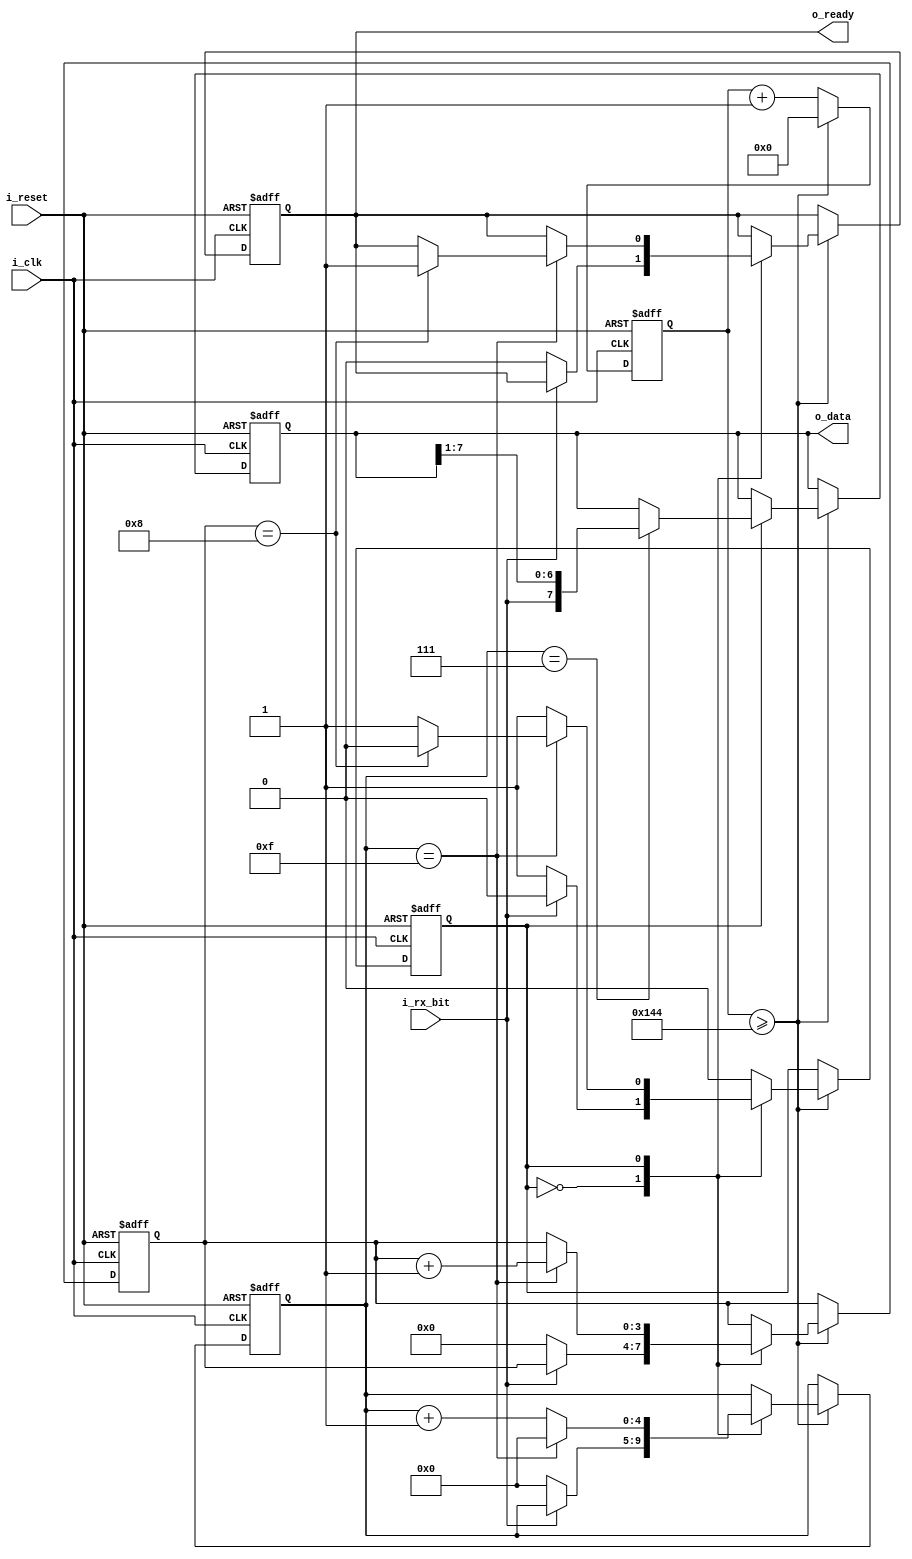
`timescale 1ns / 1ps

module rx
    #(
        parameter       CLK_FR     = 50000000,  
        parameter       BAUD_RATE    = 9600, 
        parameter       DIV_SAMPLE   = 16, //oversampling,16 veces la tasa de baudios 
        parameter       DBIT    = 8 
    )
    (
        input   wire                        i_clk,
        input   wire                        i_reset,
        input   wire                        i_rx_bit,
        output  wire                        o_ready,
        output  wire   [DBIT-1    :0]       o_data
    );
    
    //Estados
    localparam     IDLE                = 1'b0;
    localparam     RECEIVING           = 1'b1;
    
    //Parametros locales    
    localparam     BIT_COUNTER_SIZE    = $clog2(DBIT+1); //para contener bitcounter
    localparam     DIV_COUNTER         = CLK_FR/(BAUD_RATE*DIV_SAMPLE);  // have to divide the system clock frequency to get a frequency (div_sample) time higher than (baud_rate)  
    localparam     MID_SAMPLE          = (DIV_SAMPLE/2);  // medio de un bit en el que desea  tomar la muestra
    localparam     COUNTER_SIZE        = $clog2(DIV_COUNTER+1)+1;//size para contener el el div_counter
    localparam     SAMPLE_COUNTER_SIZE = $clog2(DIV_SAMPLE+1);
    
    
    reg         [DBIT-1    :0]                  shift_reg, shift_reg_next;   
    reg                                         state, state_next;
    reg                                         data_ready, data_ready_next;    
    reg         [BIT_COUNTER_SIZE-1     :0]     bitcounter, bitcounter_next; // Contador para saber si tengo los 8 bits
    reg         [SAMPLE_COUNTER_SIZE-1  :0]     samplecounter, samplecounter_next; // Contador de muestras de 2 bits para contar hasta 4 para oversampling
    reg         [COUNTER_SIZE+1         :0]     counter; // Contador de la tasa de baudios

    
    assign o_data  = shift_reg [DBIT-1:0]; 
    assign o_ready = data_ready;
    
    always @ (posedge i_clk, posedge i_reset)
        begin 
            if (i_reset)begin       
                counter             <= 0; 
                state               <= IDLE; 
                bitcounter          <= 0; 
                samplecounter       <= 0; 
                shift_reg           <= 0;
                data_ready          <= 0;
            end else begin 
                counter <= counter +1;
                if (counter >= DIV_COUNTER-1) begin // si el contador es igual/mayor entra
                    counter       <= 0; 
                    state         <= state_next; 
                    bitcounter    <= bitcounter_next;
                    data_ready    <= data_ready_next;
                    samplecounter <= samplecounter_next;
                    shift_reg     <= shift_reg_next;                    
                end
            end
        end
       
    always @* 
    begin 
        state_next          <=  state;
        samplecounter_next  <=  samplecounter;
        bitcounter_next     <=  bitcounter;
        data_ready_next     <=  data_ready;
        shift_reg_next      <=  shift_reg;
        case (state)
            IDLE:
             begin 
                if (~i_rx_bit) begin// Si el input de UART es 1 queda, esto el bit start en 0
                    state_next          <= RECEIVING; 
                    bitcounter_next     <= 0;
                    samplecounter_next  <= 0;
                    data_ready_next     <= 0;
                end
            end
            RECEIVING: 
            begin
                if (samplecounter == MID_SAMPLE - 1) begin   
                    shift_reg_next      <=  {i_rx_bit,shift_reg[DBIT-1:1]}; // si el contador de muestras es 1, activa el shift
                end            
                if (samplecounter == DIV_SAMPLE - 1) begin
                    if (bitcounter == DBIT) begin // Si el contador de bits es 8, recibi el total de la data
                        state_next      <= IDLE; 
                        data_ready_next <= 1;
                    end 
                                       
                    bitcounter_next     <= bitcounter + 1; 
                    samplecounter_next  <= 0; //Reinicia el contador
                end 
                else begin 
                    samplecounter_next  <= samplecounter + 1;          
                end
            end
           default: 
                state_next <= IDLE;
         endcase
    end         
endmodule